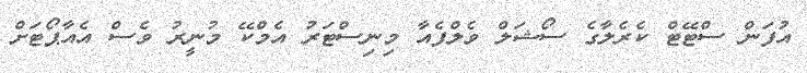
އުފަން ސްޓޭޓް ކެރެލާގެ ސޯޝަލް ވެލްފެއާ މިނިސްޓަރު އެމްކޭ މުނީރު ވެސް އެއާޕޯޓަށް